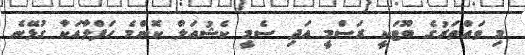
މި ވައްތަރުގެ ބޫޓަކީ ރަސްމީ އަދި ސެމީ ކެޝުއަލް ކޮންމެ ހަފްލާއަކާ ގުޅޭނެ